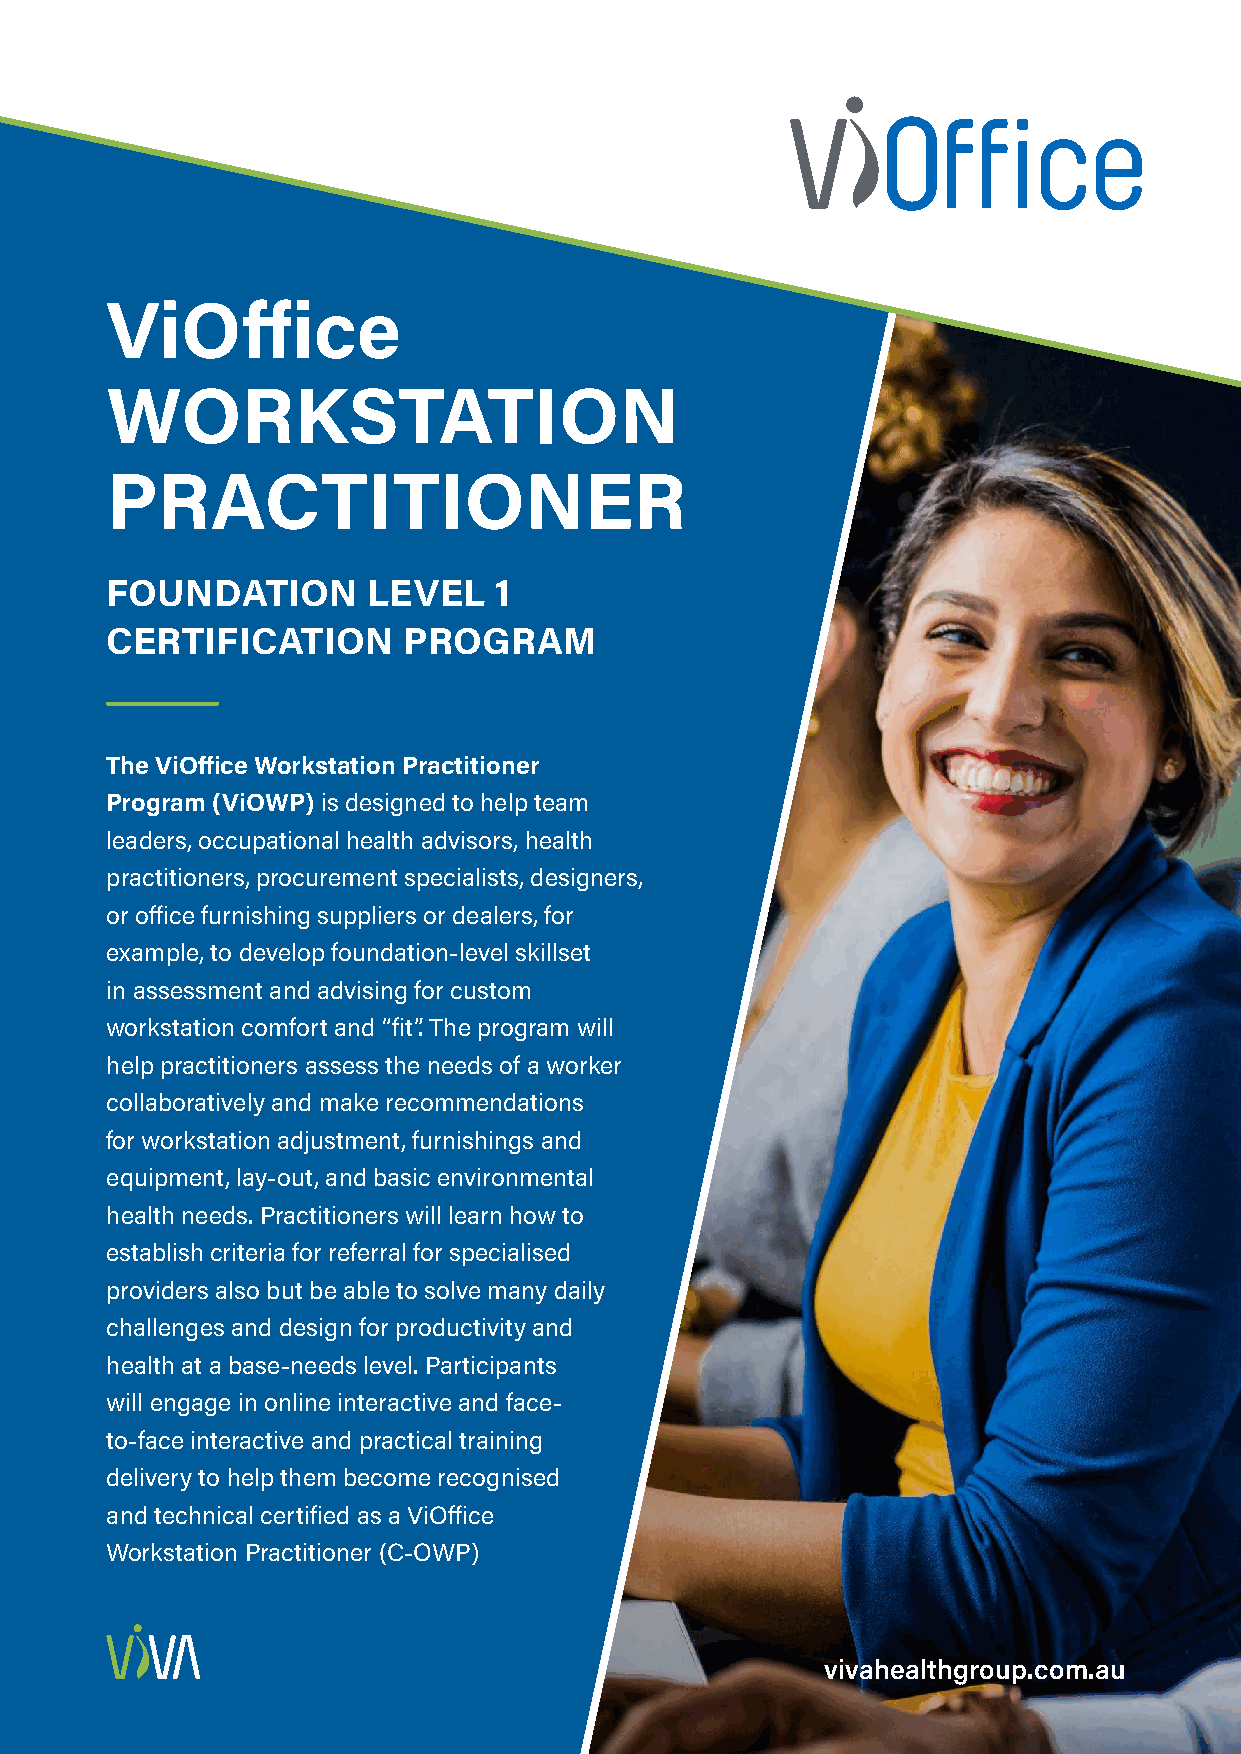
ViOffice
 WORKSTATION
 PRACTITIONER
 FOUNDATION       LEVEL    1
 CERTIFICATION       PROGRAM
 The ViOffice Workstation Practitioner
 Program (ViOWP) is designed to help team
 leaders, occupational health advisors, health
 practitioners, procurement specialists, designers,
 or office furnishing suppliers or dealers, for
 example, to develop foundation-level skillset
 in assessment and advising for custom
 workstation comfort and “fit”. The program will
 help practitioners assess the needs of a worker
 collaboratively and make recommendations
 for workstation adjustment, furnishings and
 equipment, lay-out, and basic environmental
 health needs. Practitioners will learn how to
 establish criteria for referral for specialised
 providers also but be able to solve many daily
 challenges and design for productivity and
 health at a base-needs level. Participants
 will engage in online interactive and face-
 to-face interactive and practical training
 delivery to help them become recognised
 and technical certified as a ViOffice
 Workstation Practitioner (C-OWP)
 vivahealthgroup.com.au